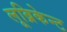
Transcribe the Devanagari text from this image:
लूब्रिकेन्ट